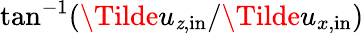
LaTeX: \tan^{-1}(\Tilde{u}_{\mathit{z},\mathrm{{in}}}/\Tilde{u}_{x,\mathrm{{in}}})